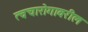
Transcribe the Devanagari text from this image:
त्वचारोगावरील